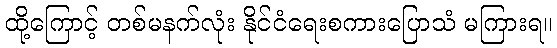
ထို့ကြောင့် တစ်မနက်လုံး နိုင်ငံရေးစကားပြောသံ မကြားရ။